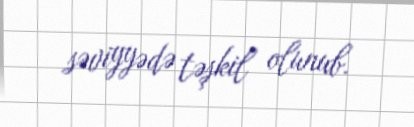
səviyyədə təşkil olunub.